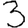
Digit: 3